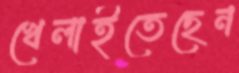
খেলাইতেছেন